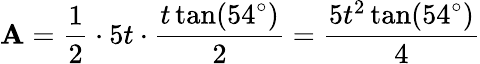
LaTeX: \mathbf{A}={\frac{{1}}{{2}}}\cdot5t\cdot{\frac{{t\tan(54^{\circ})}}{{2}}}={\frac{{5t^{2}\tan(54^{\circ})}}{{4}}}